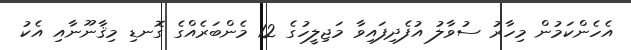
އެހެންކަމުން މިހާރު ސުވާލު އުފެދިފައިވާ މަޖިލީހުގެ 12 މެންބަރެއްގެ ގޮނޑި މިޤާނޫނާއި އެކު